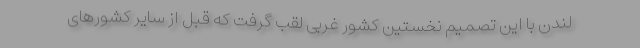
لندن با این تصمیم نخستین کشور غربی لقب گرفت که قبل از سایر کشورهای